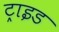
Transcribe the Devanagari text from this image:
ट्राइड